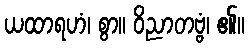
ယထာရဟံ၊ စွာ။ ဝိညာတဗ္ဗံ၊ ၏။